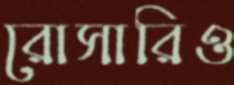
রোসারিও